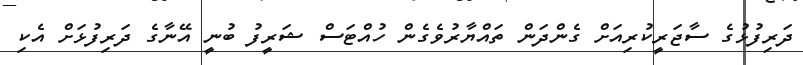
ދަރިފުޅުގެ ސާޖަރީކުރިއަށް ގެންދަން ތައްޔާރުވެގެން ހުއްޓަސް ޝަރީފު ބުނީ އޭނާގެ ދަރިފުޅަށް އެކި